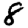
Digit: 8